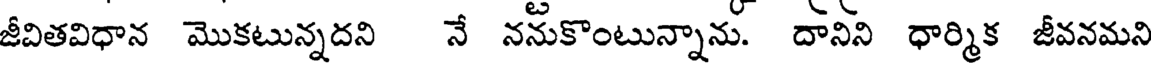
జీవితవిధాన మొకటున్నదని నే ననుకొంటున్నాను. దానిని ధార్మిక జీవనమని